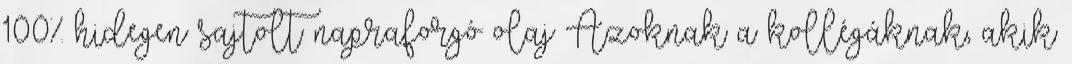
100% hidegen sajtolt napraforgó olaj Azoknak a kollégáknak, akik